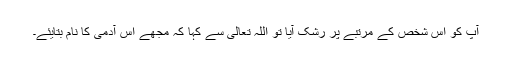
آپ کو اس شخص کے مرتبے پر رشک آیا تو اللہ تعالیٰ سے کہا کہ مجھے اس آدمی کا نام بتایئے۔